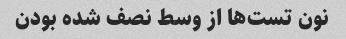
نون تست‌ها از وسط نصف شده بودن